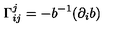
\Gamma _ { i j } ^ { j } = - b ^ { - 1 } ( \partial _ { i } b )